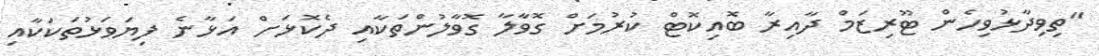
"ތިވިދާޅުވިހެން ޓޫރިޒަމް ދާއިރާ ބޮއިކޮޓް ކުރުމަށް ގޮވާލާ ގޮވާލުންތަކާއި ދެކޮޅަށް އަޅާނެ ފިޔަވަޅުތަކަކާއި